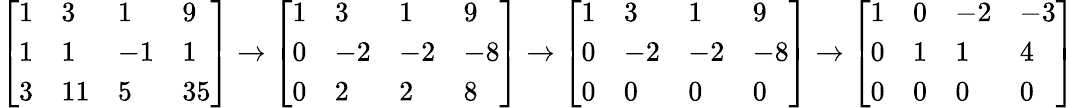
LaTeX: {\left[\begin{array}{llll}{1}&{3}&{1}&{9}\\ {1}&{1}&{-1}&{1}\\ {3}&{11}&{5}&{35}\end{array}\right]}\to{\left[\begin{array}{llll}{1}&{3}&{1}&{9}\\ {0}&{-2}&{-2}&{-8}\\ {0}&{2}&{2}&{8}\end{array}\right]}\to{\left[\begin{array}{llll}{1}&{3}&{1}&{9}\\ {0}&{-2}&{-2}&{-8}\\ {0}&{0}&{0}&{0}\end{array}\right]}\to{\left[\begin{array}{llll}{1}&{0}&{-2}&{-3}\\ {0}&{1}&{1}&{4}\\ {0}&{0}&{0}&{0}\end{array}\right]}